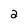
Character: a